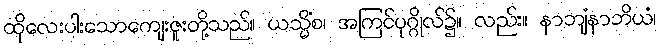
ထိုလေးပါးသောကျေးဇူးတို့သည်။ ယသ္မိံစ၊ အကြင်ပုဂ္ဂိုလ်၌။ လည်း။ နာဘျံနာဘိယံ၊